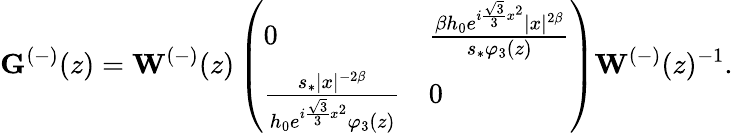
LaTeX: \mathbf{G}^{(-)}(z)=\mathbf{W}^{(-)}(z)\left(\begin{array}{ll}{0}&{\frac{{\beta}h_{0}e^{i\frac{\sqrt{3}}{3}x^{2}}|x|^{2{\beta}}}{s_{*}\varphi_{3}(z)}}\\ {\frac{s_{*}|x|^{-2{\beta}}}{h_{0}e^{i\frac{\sqrt{3}}{3}x^{2}}\varphi_{3}(z)}}&{0}\end{array}\right)\mathbf{W}^{(-)}(z)^{-1}.